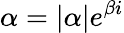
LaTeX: \alpha=|\alpha|e^{\beta i}